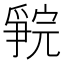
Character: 𪺗